Civil Veterinary Department Bihar reports 1936-40 - 1936-1940
Year: 1936
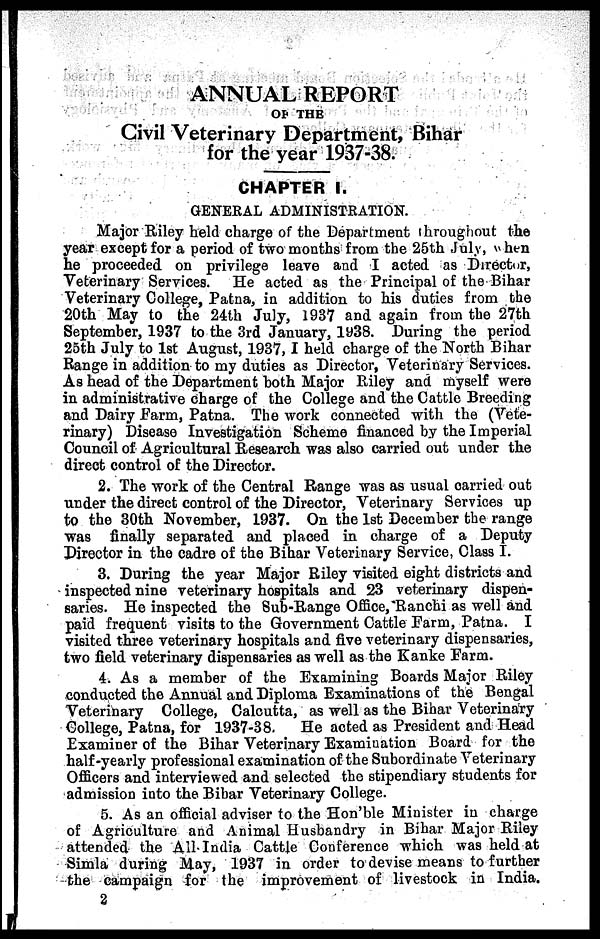
ANNUAL REPORT
OF THE
Civil Veterinary Department, Bihar
for the year 1937-38.
CHAPTER I.
GENERAL ADMINISTRATION.
Major Riley held charge of the Department throughout the
year except for a period of two months from the 25th July, when
he proceeded on privilege leave and I acted as Director,
Veterinary Services. He acted as the Principal of the Bihar
Veterinary College, Patna, in addition to his duties from the
20th May to the 24th July, 1937 and again from the 27th
September, 1937 to the 3rd January, 1938. During the period
25th July to 1st August, 1937, I held charge of the North Bihar
Range in addition to my duties as Director, Veterinary Services.
As head of the Department both Major Riley and myself were
in administrative charge of the College and the Cattle Breeding
and Dairy Farm, Patna. The work connected with the (Vete-
rinary) Disease Investigation Scheme financed by the Imperial
Council of Agricultural Research was also carried out under the
direct control of the Director.
2. The work of the Central Range was as usual carried out
under the direct control of the Director, Veterinary Services up
to the 30th November, 1937. On the 1st December the range
was finally separated and placed in charge of a Deputy
Director in the cadre of the Bihar Veterinary Service, Class I.
3. During the year Major Riley visited eight districts and
inspected nine veterinary hospitals and 23 veterinary dispen-
saries. He inspected the Sub-Range Office, Ranchi as well and
paid frequent visits to the Government Cattle Farm, Patna. I
visited three veterinary hospitals and five veterinary dispensaries,
two field veterinary dispensaries as well as the Kanke Farm.
4. As a member of the Examining Boards Major Riley
conducted the Annual and Diploma Examinations of the Bengal
Veterinary College, Calcutta, as well as the Bihar Veterinary
College, Patna, for 1937-38.
He acted as President and Head
Examiner of the Bihar Veterinary Examination Board for the
half-yearly professional examination of the Subordinate Veterinary
Officers and interviewed and selected the stipendiary students for
admission into the Bihar Veterinary College.
5. As an official adviser to the Hon'ble Minister in charge
of Agriculture and Animal Husbandry in Bihar Major Riley
attended the All India Cattle Conference which was held at
Simla during May, 1937 in order to devise means to further
the campaign for the improvement of livestock in India.
2